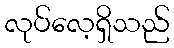
လုပ်လေ့ရှိသည်